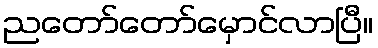
ညတော်တော်မှောင်လာပြီ။